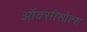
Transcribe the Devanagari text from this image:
ऑक्सीसोल्स